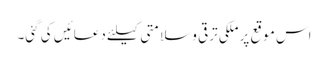
اس موقع پر ملکی ترقی و سلامتی کیلئے دعائیں کی گئی۔